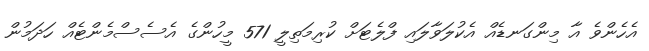
އެހެންވެ އާ މިންގަނޑެއް އެކުލަވާލައި ފްލެޓަށް ކުރިމަތިލީ 571 މީހުންގެ އެސެސްމެންޓެއް ހަދަމުން